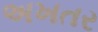
અખતર